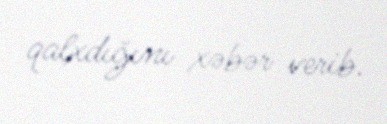
qalxdığını xəbər verib.